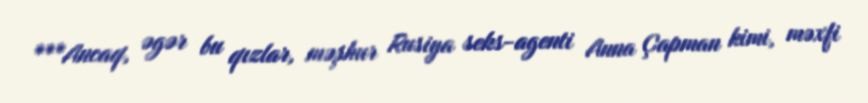
***Ancaq, əgər bu qızlar, məşhur Rusiya seks-agenti Anna Çapman kimi, məxfi